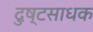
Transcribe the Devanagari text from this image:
दुष्टसाधक